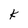
Character: k